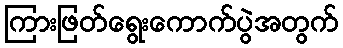
ကြားဖြတ်ရွေးကောက်ပွဲအတွက်